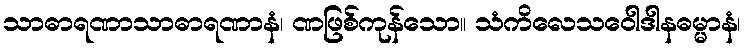
သာဓာရဏာသာဓာရဏာနံ၊ ဏဖြစ်ကုန်သော။ သံကိလေသဝေါဒါနဓမ္မာနံ၊